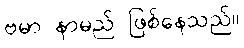
ဗမာ နာမည် ဖြစ်နေသည်။